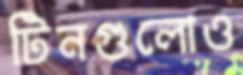
টিনগুলোও